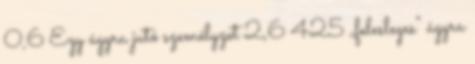
0,6 Egy ágyra jutó személyzet 2,6 425 „felesleges” ágyra